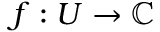
f : U \rightarrow \mathbb { C }